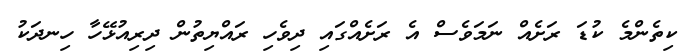
ކިތެންމެ ކުޑަ ރަށެއް ނަމަވެސް އެ ރަށެއްގައި ދިވެހި ރައްޔިތުން ދިރިއުޅޭހާ ހިނދަކު